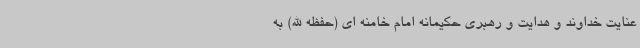
عنایت خداوند و هدایت و رهبری حکیمانه امام خامنه ای (حفظه الله) به